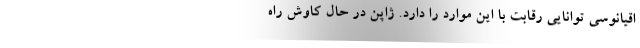
اقیانوسی توانایی رقابت با این موارد را دارد. ژاپن در حال کاوش راه